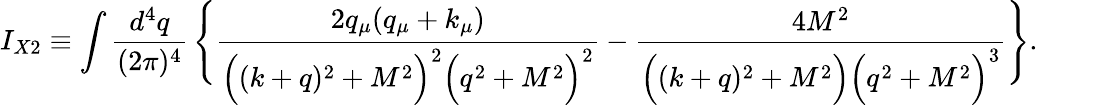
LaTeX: I_{X2}\equiv\int\frac{d^{4}q}{(2\pi)^{4}}\, \Bigg\{ \frac{2q_{\mu}(q_{\mu}+k_{\mu})}{\Big((k+q)^{2}+M^{2}\Big)^{2}\Big(q^{2}+M^{2}\Big)^{2}}-\frac{4M^{2}}{\Big((k+q)^{2}+M^{2}\Big)\Big(q^{2}+M^{2}\Big)^{3}}\Bigg\} .\qquad